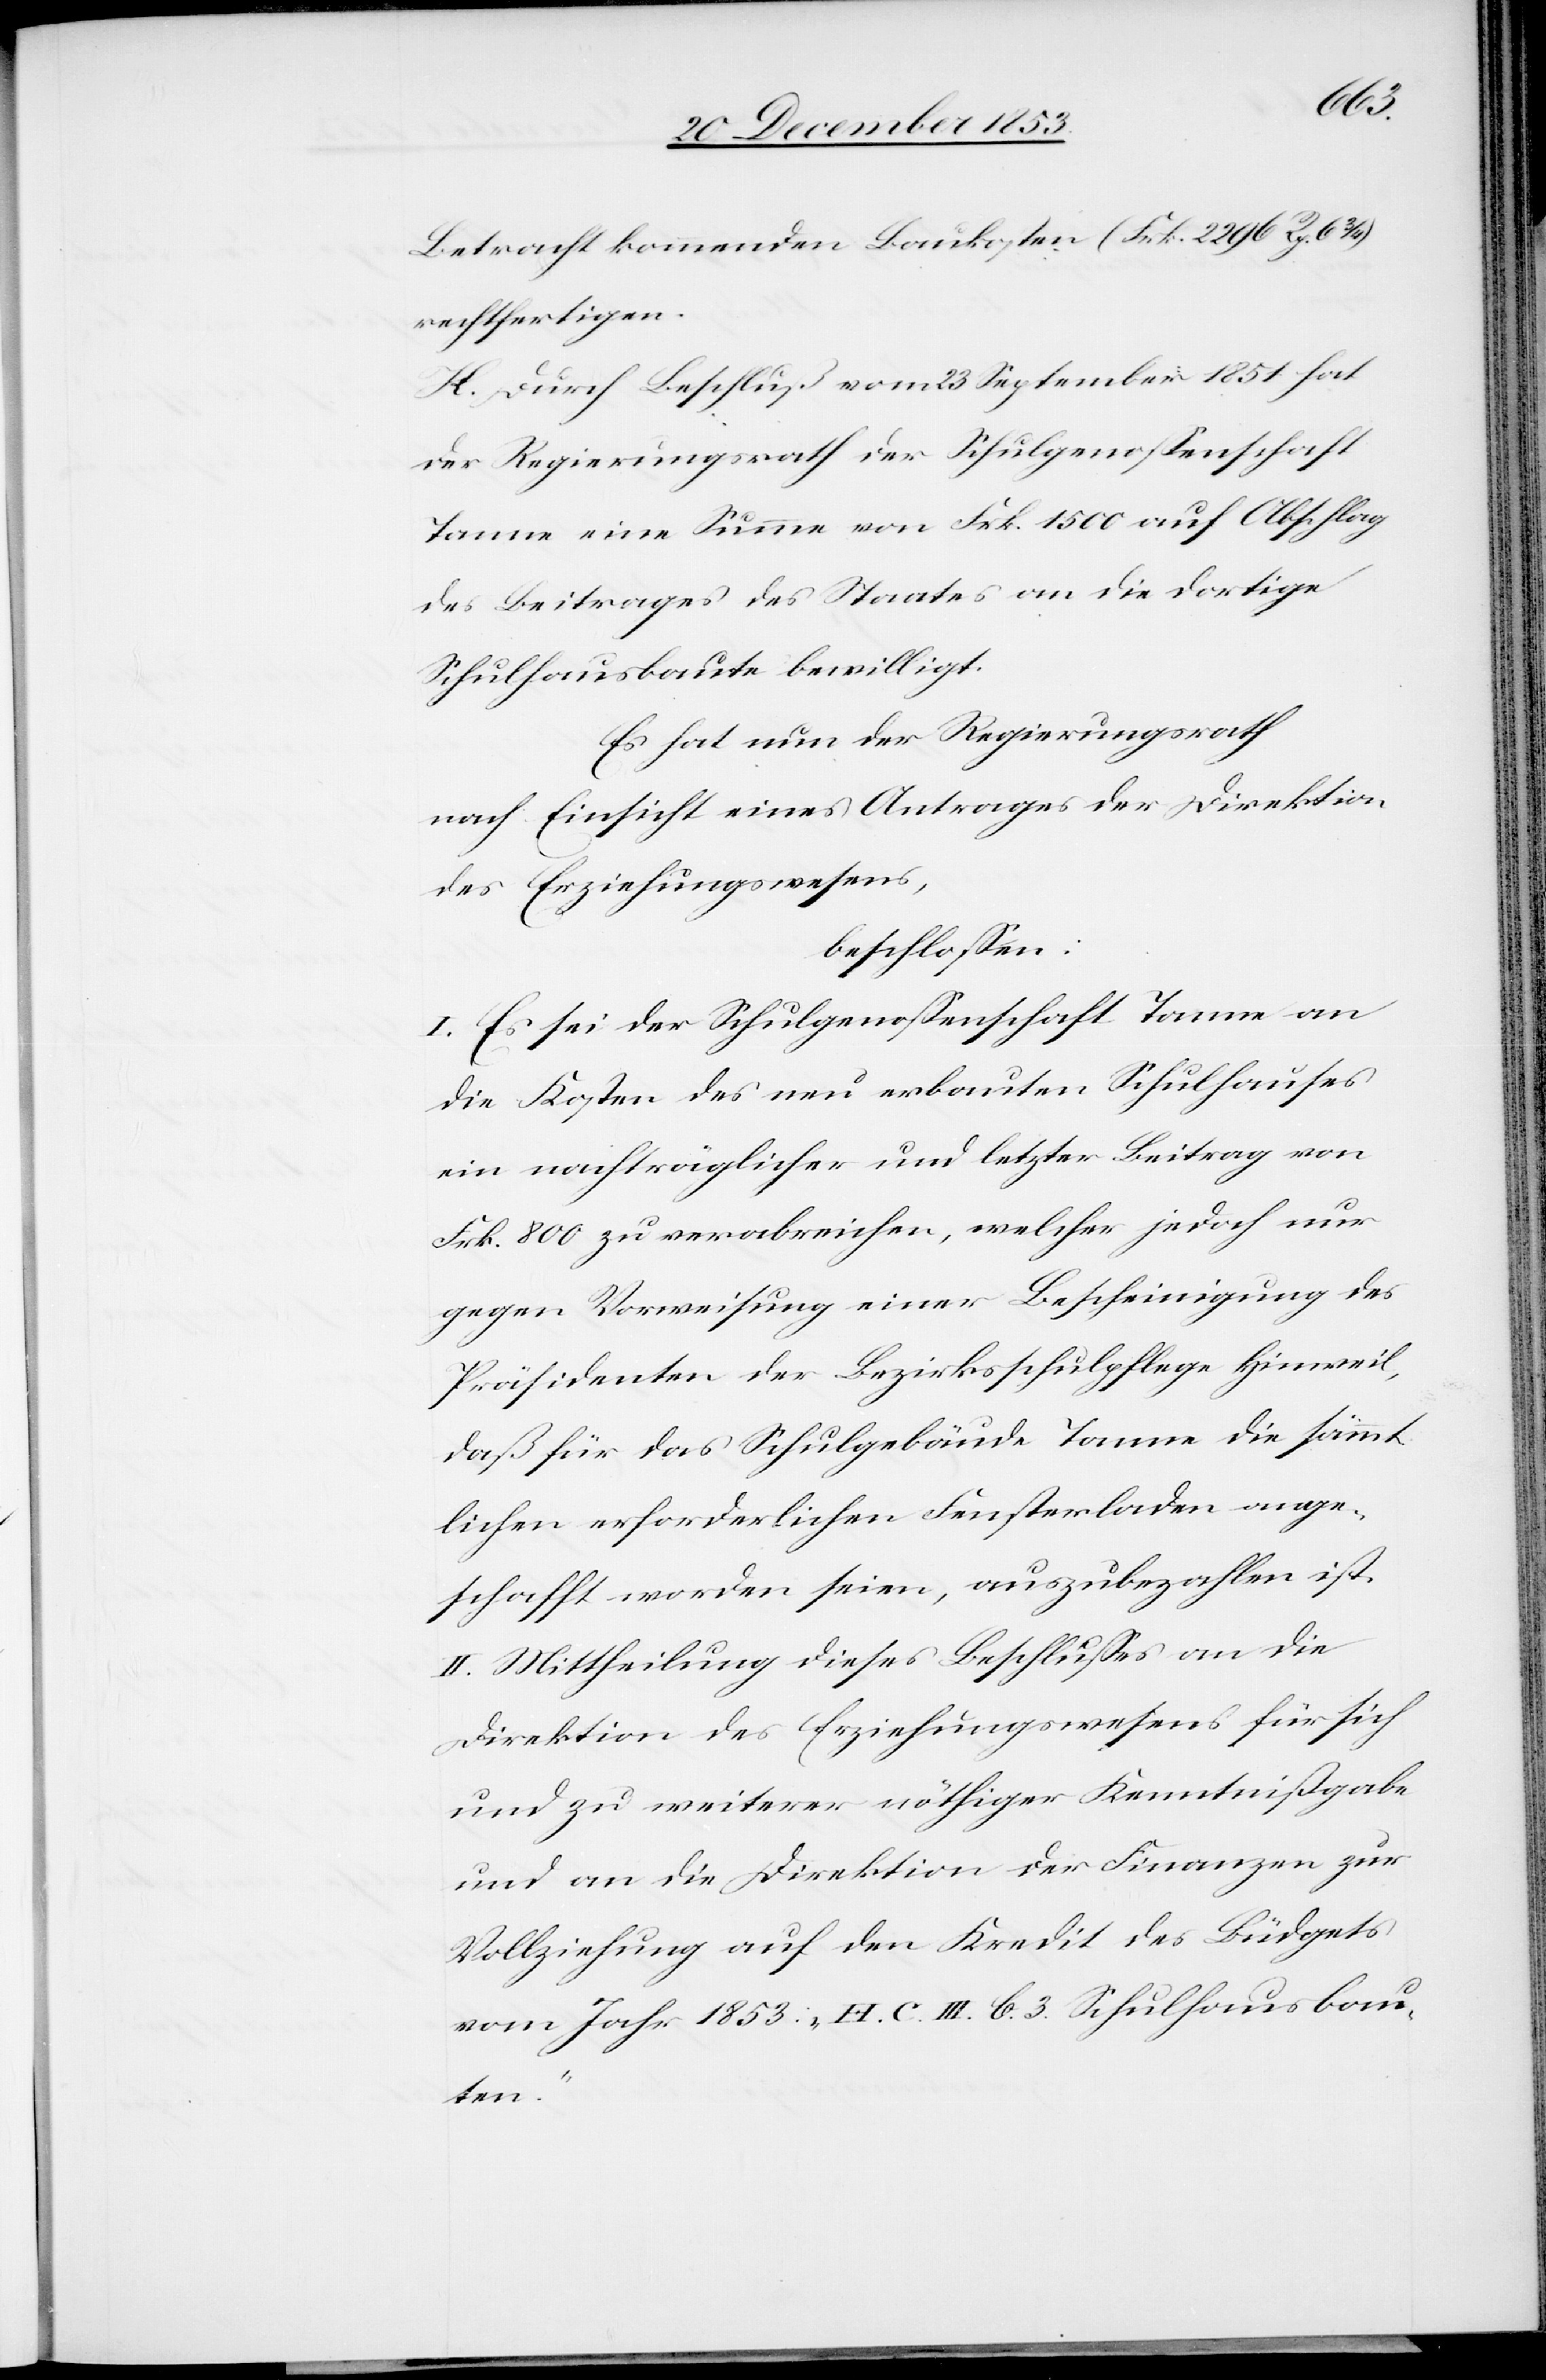
Betracht kommenden Baukosten (Frk. 2296 Rp. 6 3/4)
rechtfertigen.
H. Durch Beschluß vom 23 September 1851 hat
der Regierungsrath der Schulgenoßenschaft
Tanne eine Summe von Frk. 1500 auf Abschlag
des Beitrages des Staates an die dortige
Schulhausbaute bewilligt.
Es hat nun der Regierungsrath
nach Einsicht eines Antrages der Direktion
des Erziehungswesens,
beschloßen:
I. Es sei der Schulgenoßenschaft Tanne an
die Kosten des neu erbauten Schulhauses
ein nachträglicher und letzter Beitrag von
Frk. 800 zu verabreichen, welcher jedoch nur
gegen Vorweisung einer Bescheinigung des
Präsidenten der Bezirksschulpflege Hinweil,
daß für das Schulgebäude Tanne die sämmt¬
lichen erforderlichen Fensterladen ange¬
schafft worden seien, auszubezahlen ist.
II. Mittheilung dieses Beschlußes an die
Direktion des Erziehungswesens für sich
und zu weiterer nöthiger Kenntnißgabe
und an die Direktion der Finanzen zur
Vollziehung auf den Kredit des Büdgets
vom Jahr 1853: „H.C.III. b. 3. Schulhausbau¬
ten.“